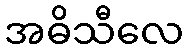
အဓိသီလေ